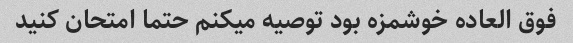
فوق العاده خوشمزه بود توصیه میکنم حتما امتحان کنید